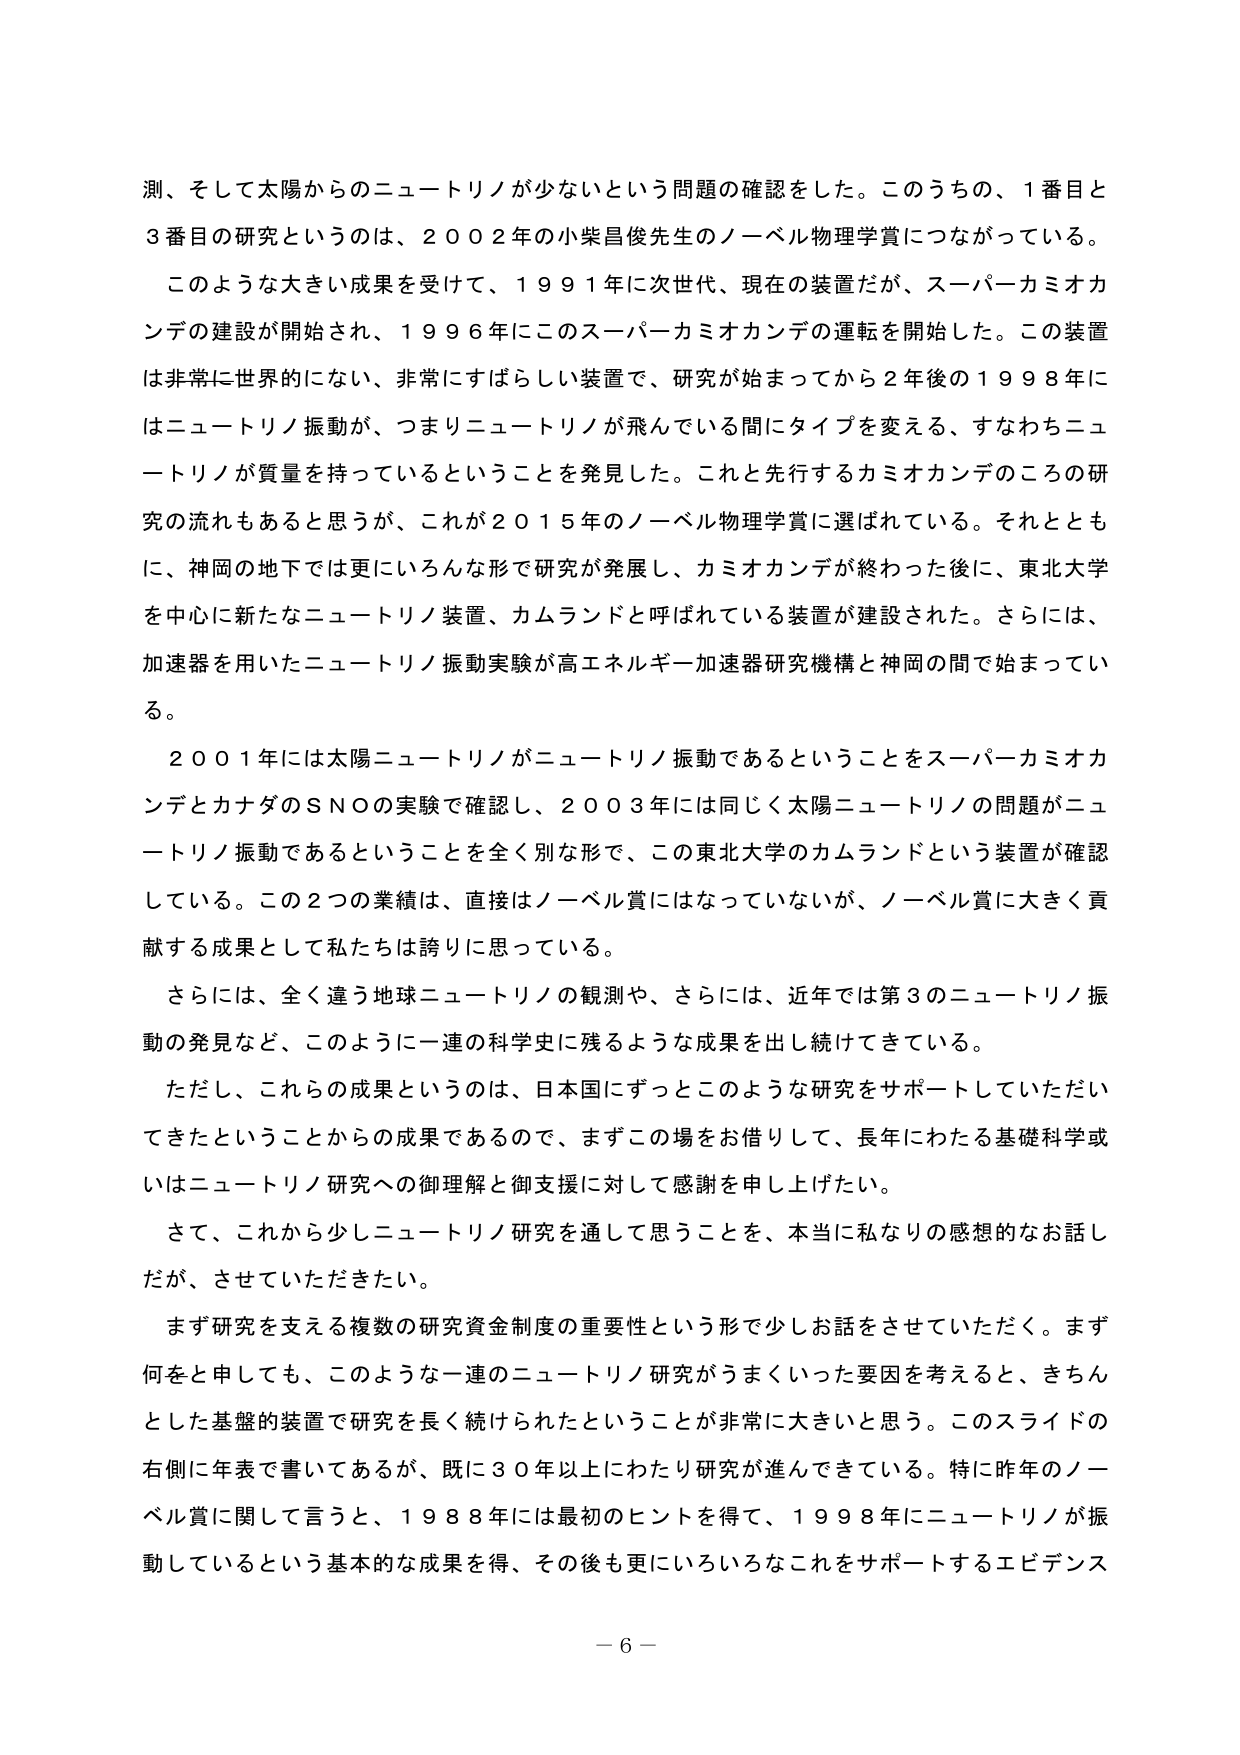
測、そして太陽からのニュートリノが少ないという問題の確認をした。このうちの、１番目と
３番目の研究というのは、２００２年の小柴昌俊先生のノーベル物理学賞につながっている。
このような大きい成果を受けて、１９９１年に次世代、現在の装置だが、スーパーカミオカ
ンデの建設が開始され、１９９６年にこのスーパーカミオカンデの運転を開始した。この装置
は非常に世界的にない、非常にすばらしい装置で、研究が始まってから２年後の１９９８年に
はニュートリノ振動が、つまりニュートリノが飛んでいる間にタイプを変える、すなわちニュ
ートリノが質量を持っているということを発見した。これと先行するカミオカンデのころの研
究の流れもあると思うが、これが２０１５年のノーベル物理学賞に選ばれている。それととも
に、神岡の地下では更にいろんな形で研究が発展し、カミオカンデが終わった後に、東北大学
を中心に新たなニュートリノ装置、カムランドと呼ばれている装置が建設された。さらには、
加速器を用いたニュートリノ振動実験が高エネルギー加速器研究機構と神岡の間で始まってい
る。
２００１年には太陽ニュートリノがニュートリノ振動であるということをスーパーカミオカ
ンデとカナダのＳＮＯの実験で確認し、２００３年には同じく太陽ニュートリノの問題がニュ
ートリノ振動であるということを全く別な形で、この東北大学のカムランドという装置が確認
している。この２つの業績は、直接はノーベル賞にはなっていないが、ノーベル賞に大きく貢
献する成果として私たちは誇りに思っている。
さらには、全く違う地球ニュートリノの観測や、さらには、近年では第３のニュートリノ振
動の発見など、このように一連の科学史に残るような成果を出し続けてきている。
ただし、これらの成果というのは、日本国にずっとこのような研究をサポートしていただい
てきたということからの成果であるので、まずこの場をお借りして、長年にわたる基礎科学或
いはニュートリノ研究への御理解と御支援に対して感謝を申し上げたい。
さて、これから少しニュートリノ研究を通して思うことを、本当に私なりの感想的なお話し
だが、させていただきたい。
まず研究を支える複数の研究資金制度の重要性という形で少しお話をさせていただく。まず
何をと申しても、このような一連のニュートリノ研究がうまくいった要因を考えると、きちん
とした基盤的装置で研究を長く続けられたということが非常に大きいと思う。このスライドの
右側に年表で書いてあるが、既に３０年以上にわたり研究が進んできている。特に昨年のノー
ベル賞に関して言うと、１９８８年には最初のヒントを得て、１９９８年にニュートリノが振
動しているという基本的な成果を得、その後も更にいろいろなこれをサポートするエビデンス
－６－